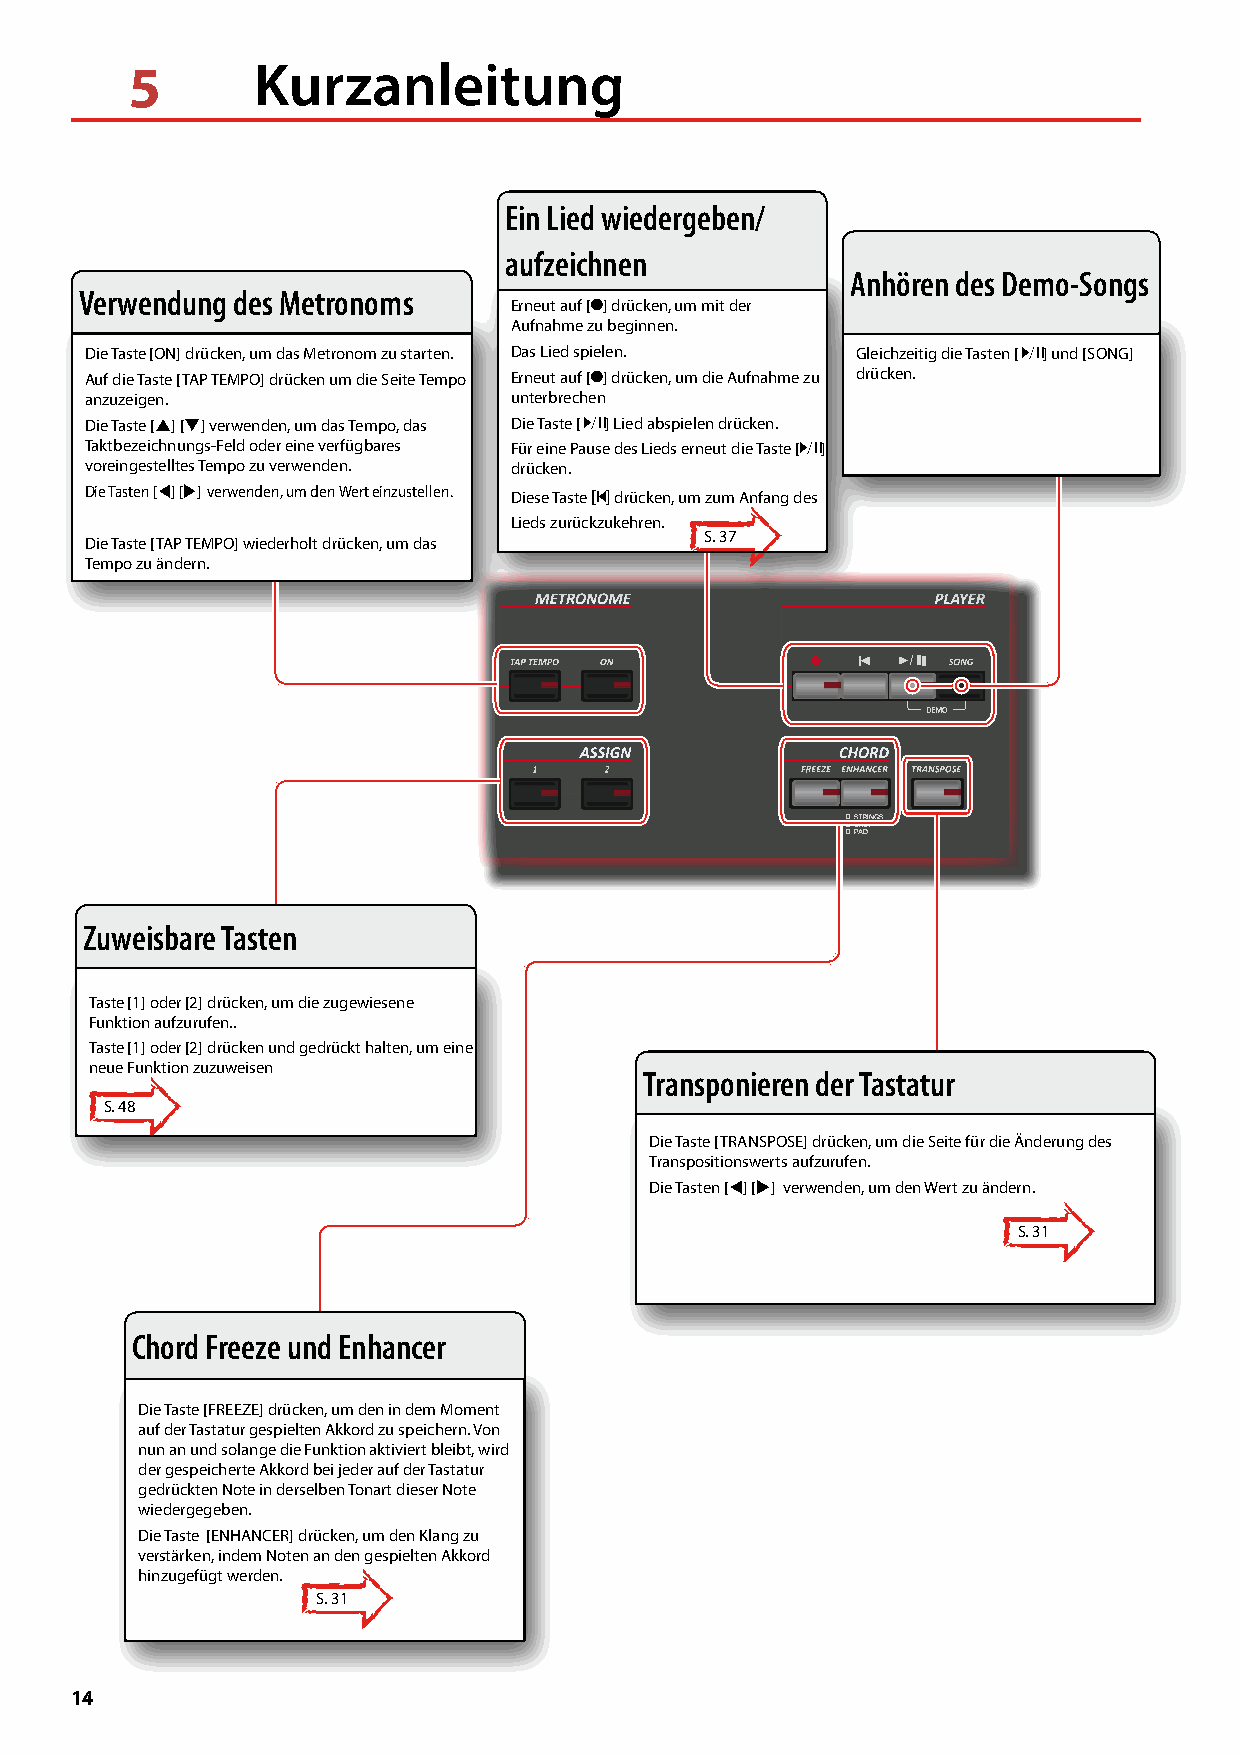
5       Kurzanleitung
 Ein Lied wiedergeben/
 aufzeichnen
 Anhören des Demo-Songs
 Verwendung des Metronoms
 Erneut auf [! ] drücken, um mit der
 Aufnahme zu beginnen.
 Die Taste [ON] drücken, um das Metronom zu starten. Das Lied spielen. Gleichzeitig die Tasten [ *-,] und [SONG]
 Auf die Taste [TAP TEMPO] drücken um die Seite Tempo Erneut auf [! ] drücken, um die Aufnahme zu drücken.
 anzuzeigen.                 unterbrechen
 Die Taste [] [] verwenden, um das Tempo, das Die Taste [ *-,] Lied abspielen drücken.
 Taktbezeichnungs-Feld oder eine verfügbares Für eine Pause des Lieds erneut die Taste [*-,]
 voreingestelltes Tempo zu verwenden. drücken.
 Die Tasten [] [] verwenden, um den Wert einzustellen. Diese Taste [$] drücken, um zum Anfang des
 Lieds zurückzukehren.
 S. 37
 Die Taste [TAP TEMPO] wiederholt drücken, um das
 Tempo zu ändern.
 /
 Zuweisbare Tasten
 Taste [1] oder [2] drücken, um die zugewiesene
 Funktion aufzurufen..
 Taste [1] oder [2] drücken und gedrückt halten, um eine
 neue Funktion zuzuweisen
 Transponieren der Tastatur
 S. 48
 Die Taste [TRANSPOSE] drücken, um die Seite für die Änderung des
 Transpositionswerts aufzurufen.
 Die Tasten [] [] verwenden, um den Wert zu ändern.
 S. 31
 Chord Freeze und Enhancer
 Die Taste [FREEZE] drücken, um den in dem Moment
 auf der Tastatur gespielten Akkord zu speichern. Von
 nun an und solange die Funktion aktiviert bleibt, wird
 der gespeicherte Akkord bei jeder auf der Tastatur
 gedrückten Note in derselben Tonart dieser Note
 wiedergegeben.
 Die Taste [ENHANCER] drücken, um den Klang zu
 verstärken, indem Noten an den gespielten Akkord
 hinzugefügt werden.
 S. 31
 14